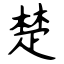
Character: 楚